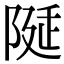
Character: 𨺘